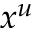
x ^ { u }